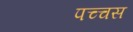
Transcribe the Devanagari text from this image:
पच्चस